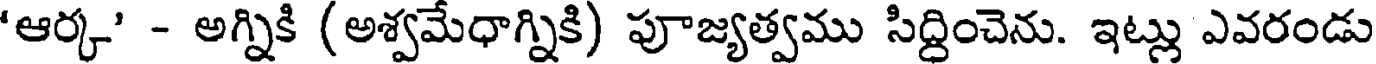
'ఆర్క' - అగ్నికి (అశ్వమేధాగ్నికి) పూజ్యత్వము సిద్ధించెను. ఇట్లు ఎవరండు